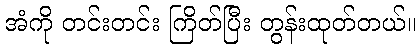
အံကို တင်းတင်း ကြိတ်ပြီး တွန်းထုတ်တယ်။